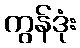
ကွန်ဒုံး